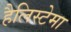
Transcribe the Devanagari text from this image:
हैलिस्टेमा